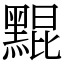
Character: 䵪